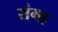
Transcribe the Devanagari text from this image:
संगह